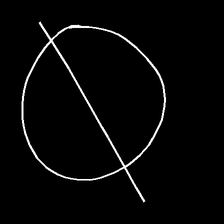
Glyph: orb